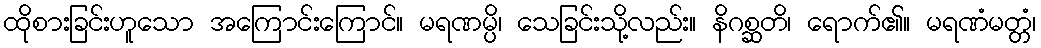
ထိုစားခြင်းဟူသော အကြောင်းကြောင်။ မရဏမ္ပိ၊ သေခြင်းသို့လည်း။ နိဂစ္ဆတိ၊ ရောက်၏။ မရဏံမတ္တံ၊